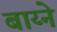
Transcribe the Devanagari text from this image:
बाय्ने